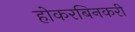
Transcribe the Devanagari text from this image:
होकरबिनकरी